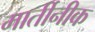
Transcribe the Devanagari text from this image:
मार्तीनीक